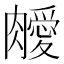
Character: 𦡝